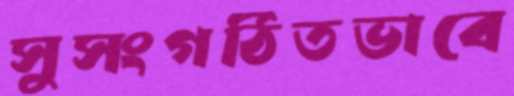
সুসংগঠিতভাবে